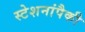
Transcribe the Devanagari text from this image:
स्टेशनांपैकी